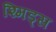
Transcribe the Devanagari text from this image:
श्मिड्स